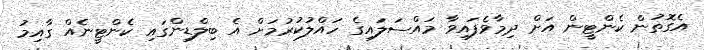
އެގޮތުން ކެންޓީން އަށް ދިމާވެފައިވާ މައްސަލައިގެ ހައްލުކުރުމަށް އެ ބިލްޑިންގައި ކެންޓީނެއް ގާއިމު